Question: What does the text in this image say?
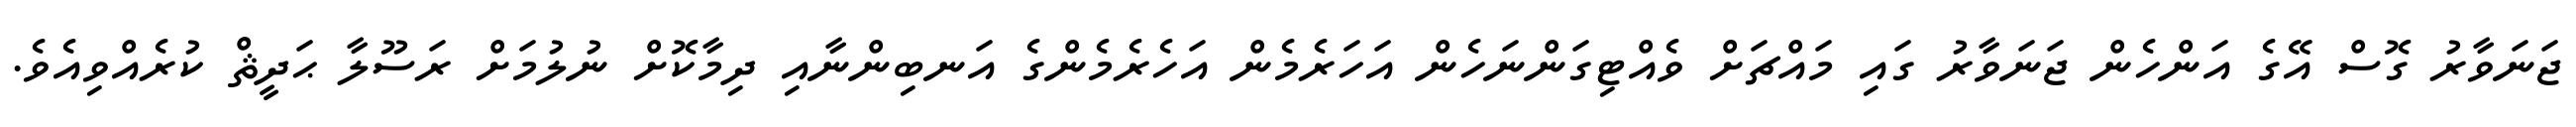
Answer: ޖަނަވާރު ގޮސް އޭގެ އަންހެން ޖަނަވާރު ގައި މައްޗަށް ވެއްޓިގަންނަހެން އަހަރެމެން އަހެރެމެންގެ އަނބިންނާއި ދިމާކޮށް ނުލުމަށް ރަސޫލާ ޙަދީޘް ކުރެއްވިއެވެ.